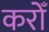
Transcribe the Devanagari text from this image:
करोँ